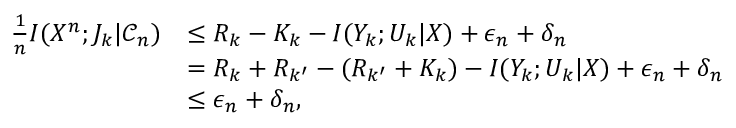
\begin{array} { r l } { \frac { 1 } { n } I ( X ^ { n } ; J _ { k } | \mathcal { C } _ { n } ) } & { \le R _ { k } - K _ { k } - I ( Y _ { k } ; U _ { k } | X ) + \epsilon _ { n } + \delta _ { n } } \\ & { = R _ { k } + R _ { k ^ { \prime } } - ( R _ { k ^ { \prime } } + K _ { k } ) - I ( Y _ { k } ; U _ { k } | X ) + \epsilon _ { n } + \delta _ { n } } \\ & { \le \epsilon _ { n } + \delta _ { n } { , } } \end{array}